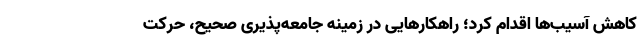
کاهش آسیب‌ها اقدام کرد؛ راهکارهایی در زمینه جامعه‌پذیری صحیح، حرکت